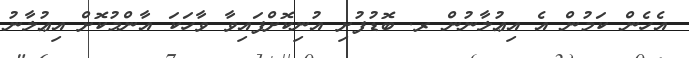
އެހެން ކަމުން އެ އިޢުލާނުން ރ. ބޮޑުފުށި އުނިކޮށްފައިވާ ވާހަކަ އާންމުކޮށް އިޢުލާނު